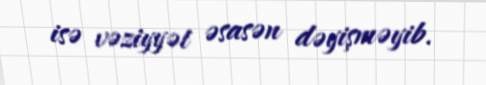
isə vəziyyət əsasən dəyişməyib.